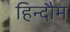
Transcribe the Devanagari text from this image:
हिन्दौम